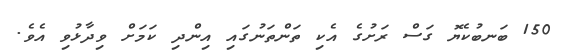
150 ބަނބުކެޔޮ ގަސް ރަށުގެ އެކި ތަންތަނުގައި އިންދި ކަމަށް ވިދާޅުވި އެވެ.